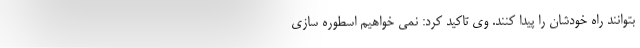
بتوانند راه خودشان را پیدا کنند. وی تاکید کرد: نمی خواهیم اسطوره سازی